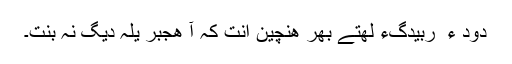
دود ء ُ ربیدگءِ لَھتے بَھر ھَنچین اَنت کہ آ ھِجبر یَلہ دیگ نہ بنت۔